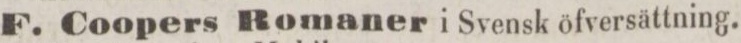
F. Coopers Romaner i Svensk öfversättning.